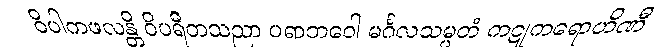
ဝိပါကဖလန္တိ ဝိပရီတသညာ ပရာဘဝေါ မင်္ဂလသမ္မတံ ကဋုကရောဟိဏီ